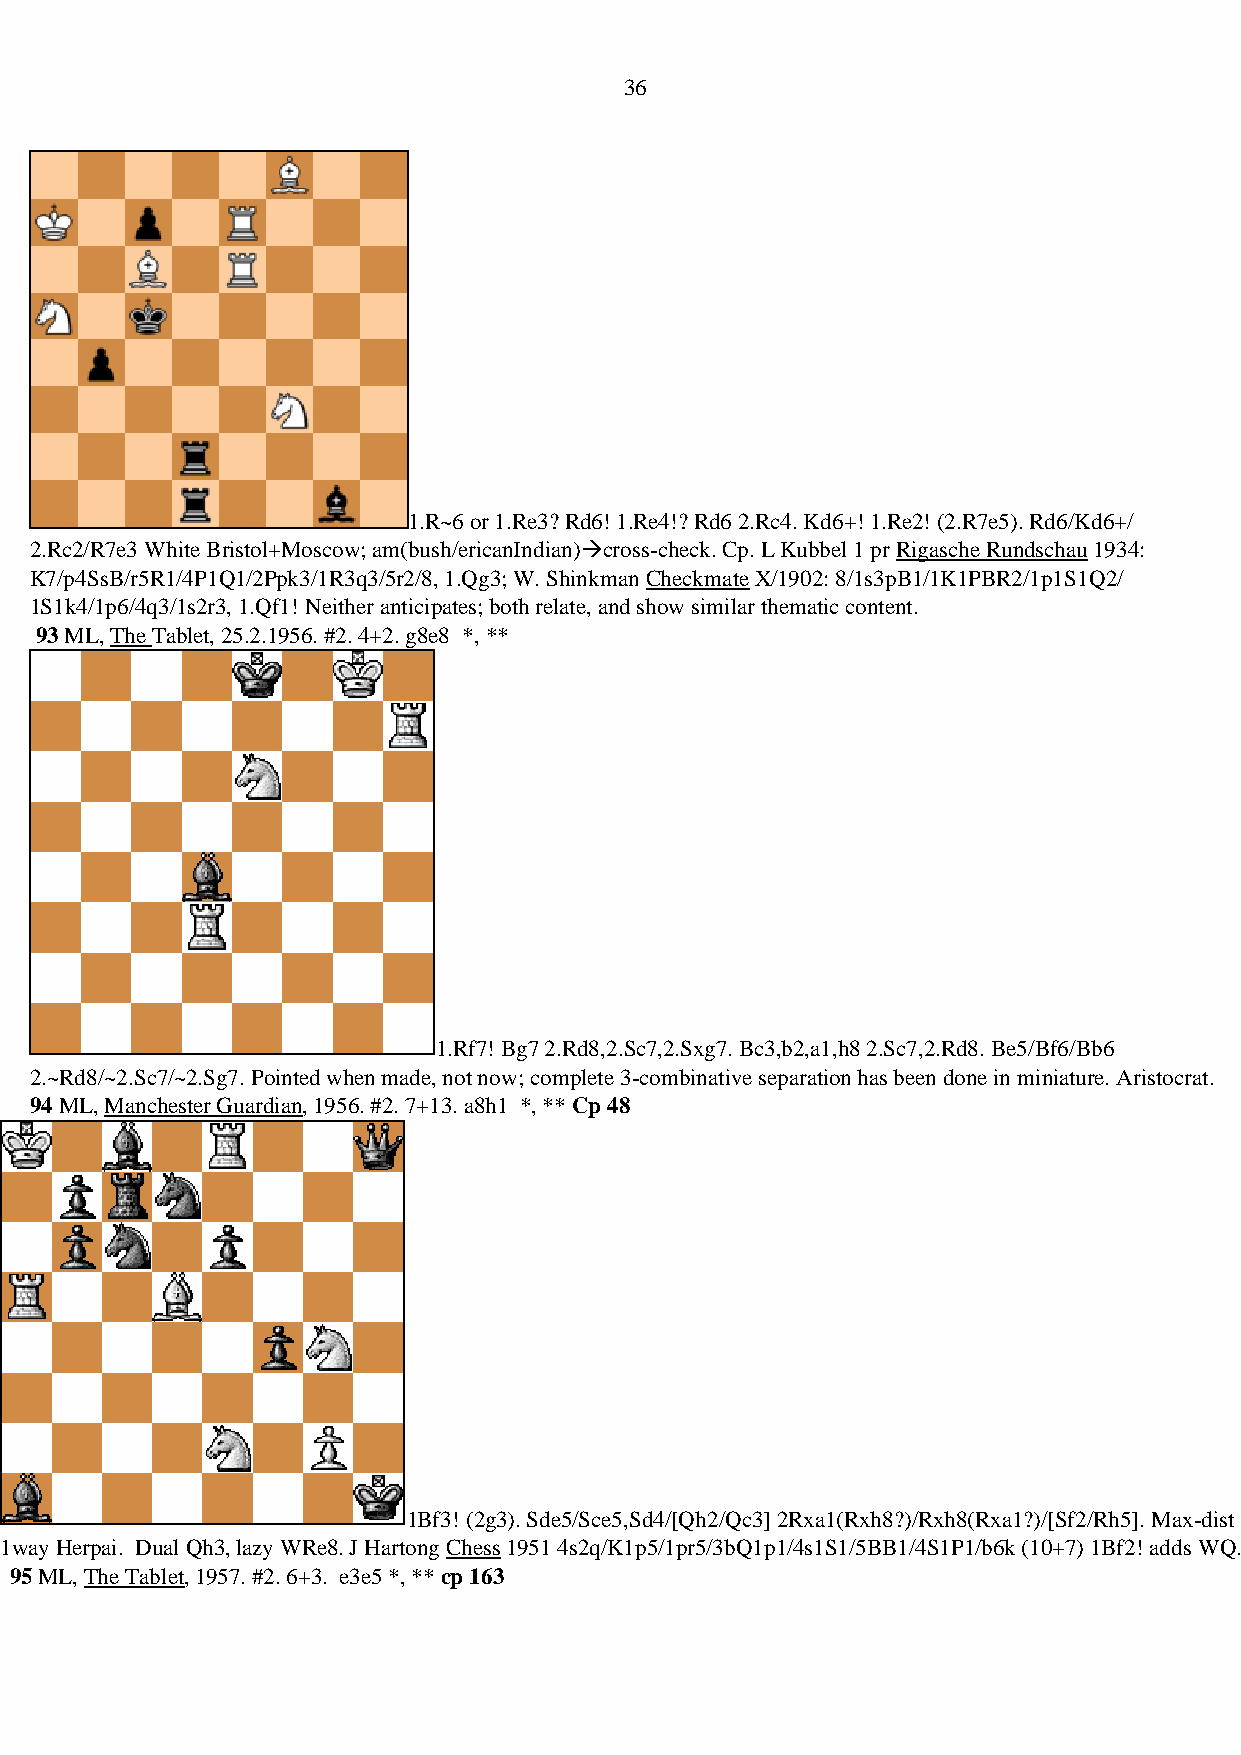
36
 1.R~6 or 1.Re3? Rd6! 1.Re4!? Rd6 2.Rc4. Kd6+! 1.Re2! (2.R7e5). Rd6/Kd6+/
 2.Rc2/R7e3 White Bristol+Moscow; am(bush/ericanIndian)→cross-check. Cp. L Kubbel 1 pr Rigasche Rundschau 1934:
 K7/p4SsB/r5R1/4P1Q1/2Ppk3/1R3q3/5r2/8, 1.Qg3; W. Shinkman Checkmate X/1902: 8/1s3pB1/1K1PBR2/1p1S1Q2/
 1S1k4/1p6/4q3/1s2r3, 1.Qf1! Neither anticipates; both relate, and show similar thematic content.
 93 ML, The Tablet, 25.2.1956. #2. 4+2. g8e8 *, **
 1.Rf7! Bg7 2.Rd8,2.Sc7,2.Sxg7. Bc3,b2,a1,h8 2.Sc7,2.Rd8. Be5/Bf6/Bb6
 2.~Rd8/~2.Sc7/~2.Sg7. Pointed when made, not now; complete 3-combinative separation has been done in miniature. Aristocrat.
 94 ML, Manchester Guardian, 1956. #2. 7+13. a8h1 *, ** Cp 48
 1Bf3! (2g3). Sde5/Sce5,Sd4/[Qh2/Qc3] 2Rxa1(Rxh8?)/Rxh8(Rxa1?)/[Sf2/Rh5]. Max-dist
 1way Herpai. Dual Qh3, lazy WRe8. J Hartong Chess 1951 4s2q/K1p5/1pr5/3bQ1p1/4s1S1/5BB1/4S1P1/b6k (10+7) 1Bf2! adds WQ.
 95 ML, The Tablet, 1957. #2. 6+3. e3e5 *, ** cp 163